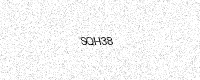
Text: SQH38